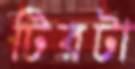
টিরটা